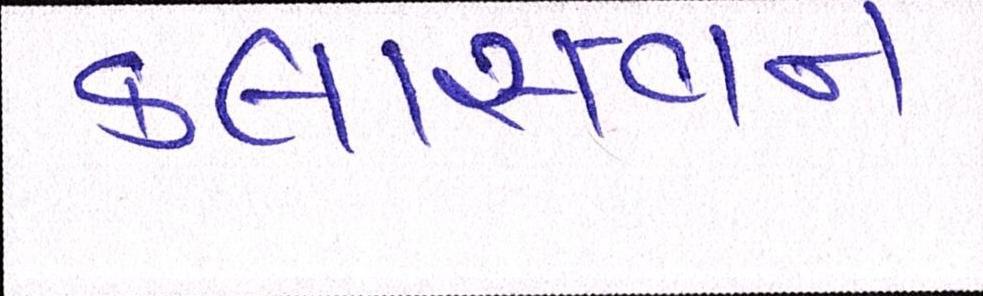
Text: કલાસ-વન